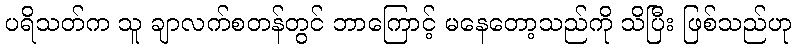
ပရိသတ်က သူ ချာလက်စတန်တွင် ဘာကြောင့် မနေတော့သည်ကို သိပြီး ဖြစ်သည်ဟု